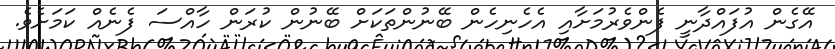
އޭގެން އުފައްދާނީ ފެންވެރުމަށާއި އެހެނިހެން ބޭނުންތަކަށް ބޭނުން ކުރަން ހާއްސަ ފެނެއް ކަމަށެވެ.